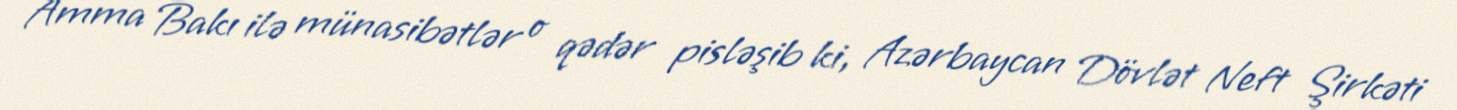
Amma Bakı ilə münasibətlər o qədər pisləşib ki, Azərbaycan Dövlət Neft Şirkəti